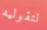
لتقوليه